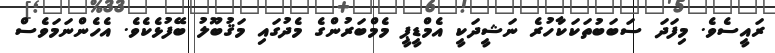
ރައީސެވެ. މިފަދަ ސަބަބުތަކަކާހުރެ ނަޝީދަކީ އެމްޑީޕީ މެމްބަރުންގެ މެދުގައި މަޤުބޫލު ބޭފުޅެކެވެ. އެހެންނަމަވެސް